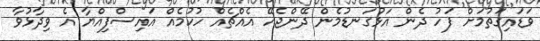
ވަޑައިގަތުމަށް ފަހު ދެން އަޅުގަނޑުމެން ދޭންޖެހޭ އެއްޗެއް ހުކުމެއް އައިސްފިއްޔާ އެ ވިދާޅުވާ